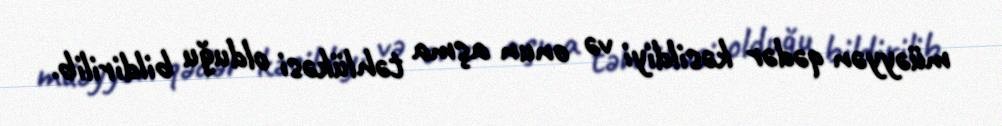
müəyyən qədər kəsildiyi və onun aşma təhlükəsi olduğu bildirilib.